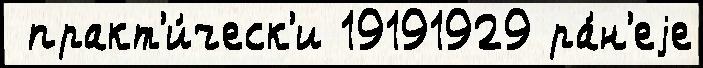
 практ'и́ческ'и 19191929 ра́н'еjе